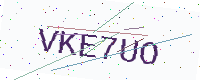
Text: VKE7UO